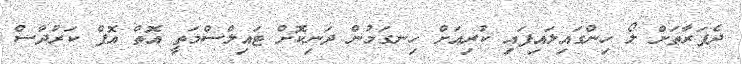
ދެފަރާތަށް ލޯ ހިންގައިލައިފައި ކުރިއަށް ހިނގަމުން ދަނިކޮށް ޓައިލްސްމަތީ އޮތް އޮފް ކަރުދާސް